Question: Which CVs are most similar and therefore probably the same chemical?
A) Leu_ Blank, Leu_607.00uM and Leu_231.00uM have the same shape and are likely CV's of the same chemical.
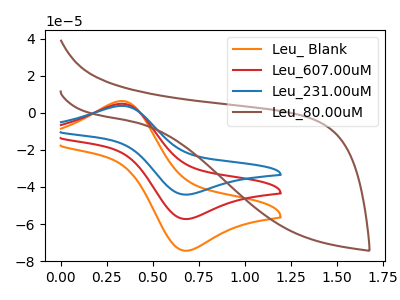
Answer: <think>The orange curve "Leu_ Blank" has an anodic peak at (0.35V, 6.35uA) and a cathodic peak at (0.70V, -74.40uA). The red curve "Leu_607.00uM" has an anodic peak at (0.35V, 4.90uA) and a cathodic peak at (0.70V, -57.30uA). The blue curve "Leu_231.00uM" has an anodic peak at (0.35V, 9.80uA) and a cathodic peak at (0.70V, -114.60uA). The brown curve "Leu_80.00uM" has no peaks.
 All the peaks in "Leu_ Blank" have a peak in "Leu_607.00uM" at the same potential. Every peak in "Leu_ Blank" is higher than every peak in "Leu_607.00uM". All the peaks in "Leu_ Blank" have a peak in "Leu_231.00uM" at the same potential. Every peak in "Leu_ Blank" is lower than every peak in "Leu_231.00uM". "Leu_ Blank" and "Leu_80.00uM" have a different number of peaks. All the peaks in "Leu_607.00uM" have a peak in "Leu_231.00uM" at the same potential. Every peak in "Leu_607.00uM" is lower than every peak in "Leu_231.00uM". "Leu_607.00uM" and "Leu_80.00uM" have a different number of peaks. "Leu_231.00uM" and "Leu_80.00uM" have a different number of peaks.</think>
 <answer>A) "Leu_ Blank", "Leu_607.00uM" and "Leu_231.00uM" have the same shape and are likely CV's of the same chemical.</answer>
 <eval>A</eval>